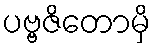
ပဗ္ဗဇိတောမှိ